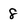
Character: 8